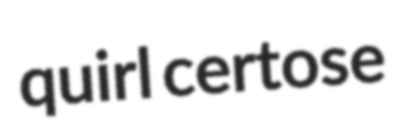
quirl certose